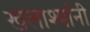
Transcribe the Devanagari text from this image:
खलाश्यांनी